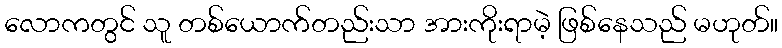
လောကတွင် သူ တစ်ယောက်တည်းသာ အားကိုးရာမဲ့ ဖြစ်နေသည် မဟုတ်။